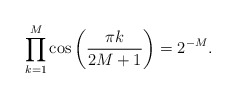
\begin{align*}\prod_{k=1}^{M}\cos\left(\frac{\pi k}{2M+1}\right)=2^{-M}.\end{align*}